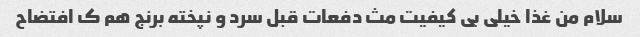
سلام من غذا خیلی بی کیفیت مث دفعات قبل سرد و نپخته برنج هم ک افتضاح